Laidoner,_Johan, lk 118
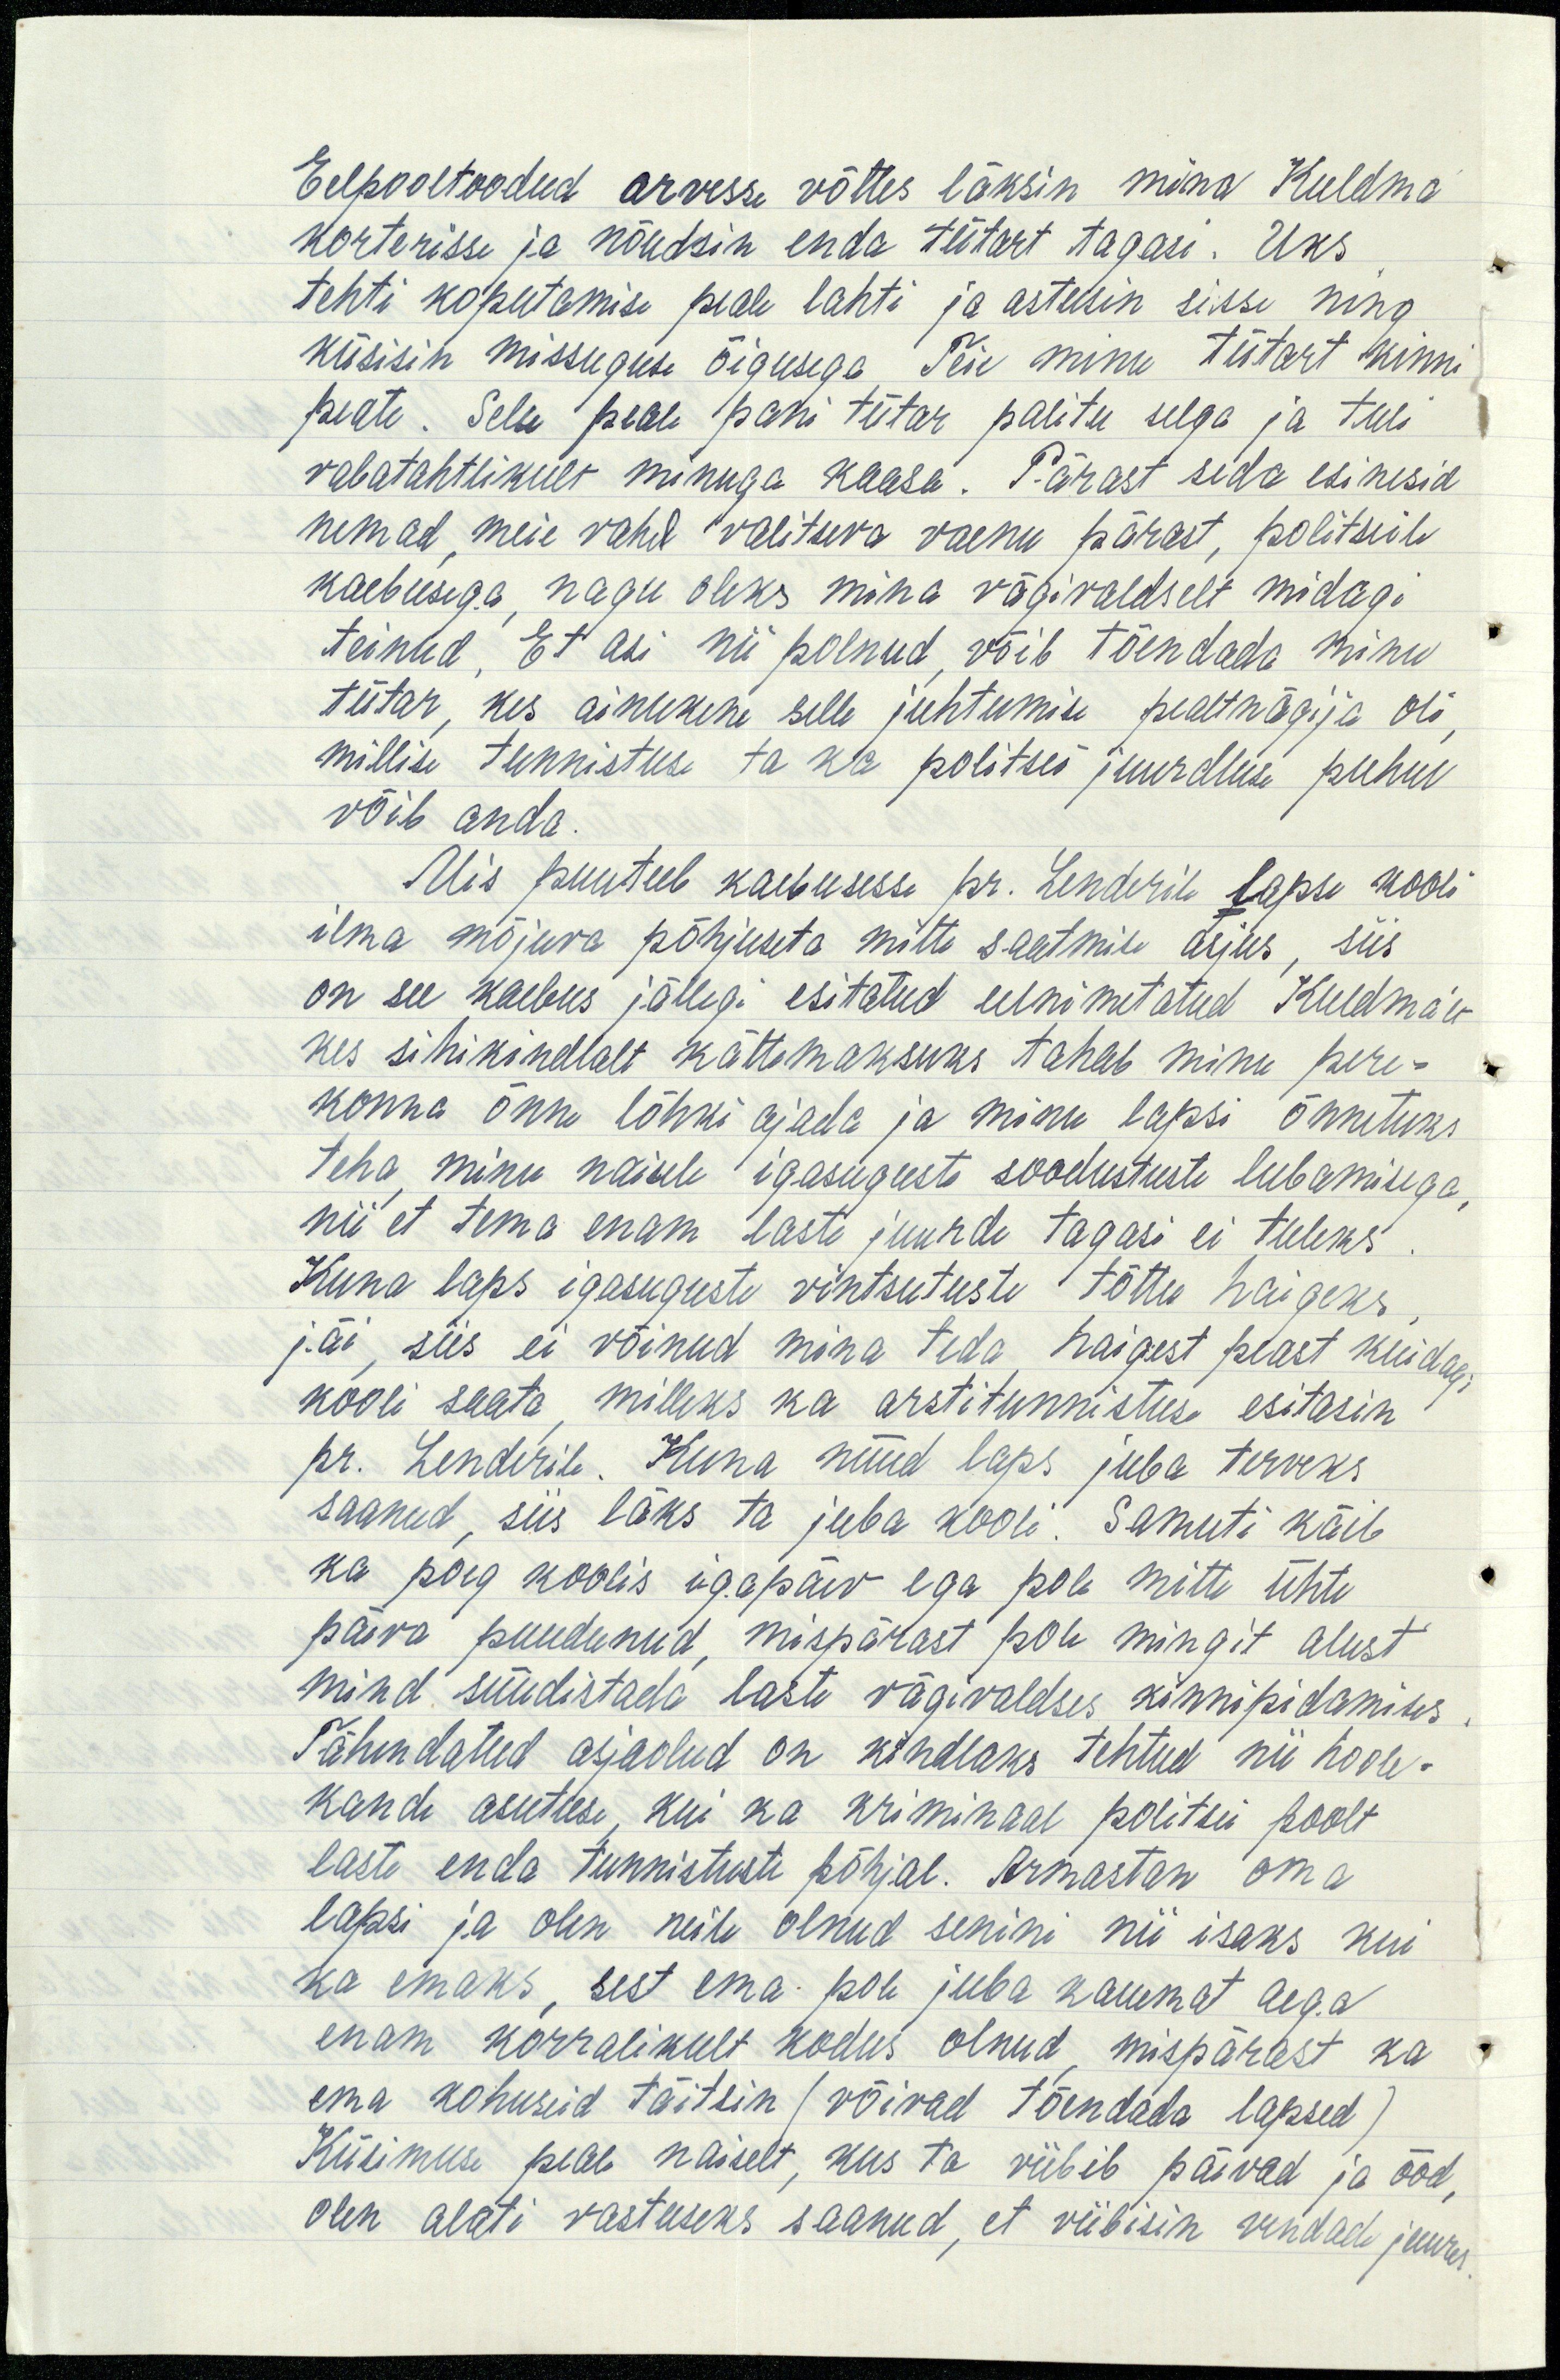
Eelpooltoodud arvesse võttes läksin mina Kuldma
korterisse ja nõudsin enda tütart tagasi. Uks
tehti koputamise peale lahti ja astusin sisse ning
küsisin missuguse õigusega Teie minu tütart kinni
peate. Selle peale pani tütar palitu selga ja tuli
vabatahtlikult minuga kaasa. Pärast seda esinesid
nemad, meie vahel valitseva vaenu pärast, politseile
kaebusega, nagu oleks mina vägivaldselt midagi
teinud, Et asi nii polnud, võib tõendada minu
tütar, kes ainukene selle juhtumise pealtnägija oli,
millise tunnistuse ta ka politsei juurdluse puhul
võib anda.
Mis puutub kaebusesse pr. Lenderile lapse kooli
ilma mõjuva põhjuseta mitte saatmise asjus, siis
on see kaebus jällegi esitatud eelnimetatud Kuldmalt
kes sihikindlalt kättemaksuks tahab minu pere-
konna õnne lõhki ajada ja minu lapsi õnnetuks
teha minu naisele igasuguste soodustuste lubamisega,
nii et tema enam laste juurde tagasi ei tuleks
Kuna laps igasuguste vintsutuste tõttu haigeks
jäi, siis ei võinud mina teda haigest peast kuidagi
kooli saata, milleks ka arstitunnistuse esitasin
pr. Lenderile. Kuna nüüd laps juba terveks
saanud, siis läks ta juba kooli. Samuti käib
ka poeg koolis igapäev ega pole mitte ühte
päeva puudunud, mispärast pole mingit alust
mind süüdistada laste vägivaldses kinnipidamises
Tähendatud asjaolud on kindlaks tehtud nii hoole-
kande asutuse, kui ka kriminaal politsei poolt
laste enda tunnistuste põhjal. Armastan oma
lapsi ja olen neile olnud senini nii isaks kui
ka emaks, sest ema pole juba kauemat aega
enam korralikult kodus olnud, mispärast ka
ema kohuseid täitsin (võivad tõendada lapsed)
Küsimuse peale naiselt, kus ta viibib päevad ja ööd,
olen alati vastuseks saanud, et viibisin vendade juures